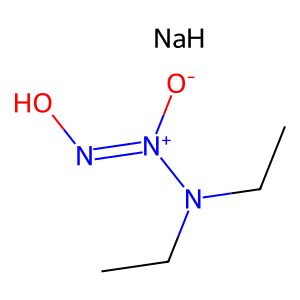
SMILES: CCN(CC)[N+]([O-])=NO.[NaH]
Inhibits HIV replication: No